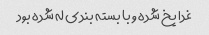
غدا یخ شده و با بسته بندی له شده بود